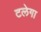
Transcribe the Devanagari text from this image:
टलेगा